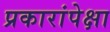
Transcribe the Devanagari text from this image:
प्रकारांपेक्षा